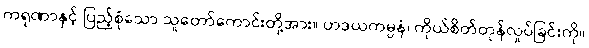
ကရုဏာနှင့် ပြည့်စုံသော သူတော်ကောင်းတို့အား။ ဟဒယကမ္ပနံ၊ ကိုယ်စိတ်တုန်လှုပ်ခြင်းကို။